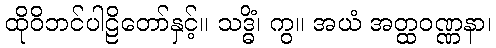
ထိုဝိဘင်ပါဠိတော်နှင့်။ သဒ္ဓိံ၊ ကွ။ အယံ အတ္ထဝဏ္ဏနာ၊